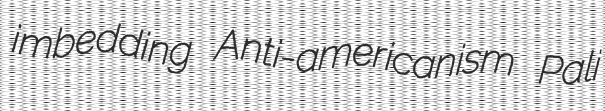
imbedding Anti-americanism Pali